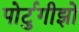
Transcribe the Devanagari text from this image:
पोर्टुगीझो